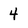
Character: 4